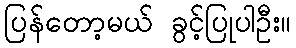
ပြန်တော့မယ် ခွင့်ပြုပါဦး။